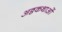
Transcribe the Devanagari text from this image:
अठ्ठकथाओं